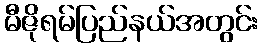
မီဇိုရမ်ပြည်နယ်အတွင်း